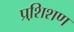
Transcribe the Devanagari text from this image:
प्रशि़शण